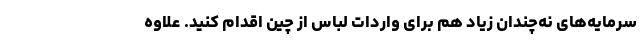
سرمایه‌های نه‌چندان زیاد هم برای واردات لباس از چین اقدام کنید. علاوه